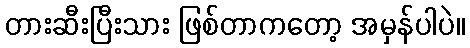
တားဆီးပြီးသား ဖြစ်တာကတော့ အမှန်ပါပဲ။